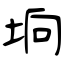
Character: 垧